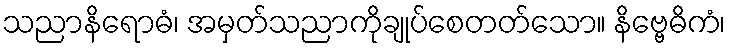
သညာနိရောဓံ၊ အမှတ်သညာကိုချုပ်စေတတ်သော။ နိဗ္ဗေဓိကံ၊